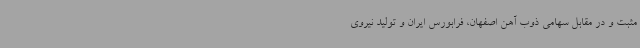
مثبت و در مقابل سهامی ذوب آهن اصفهان، فرابورس ایران و تولید نیروی